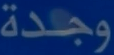
وجدة